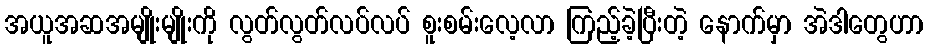
အယူအဆအမျိုးမျိုးကို လွတ်လွတ်လပ်လပ် စူးစမ်းလေ့လာ ကြည့်ခဲ့ပြီးတဲ့ နောက်မှာ အဲဒါတွေဟာ